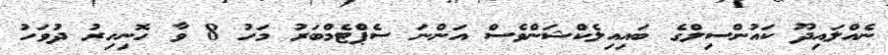
ނެއްލައިދޫ ކައުންސިލްގެ ބައިއިލެކްޝަންވެސް އަންނަ ސެޕްޓެމްބަރު މަހު 8 ވާ ހޮނިހިރު ދުވަހު